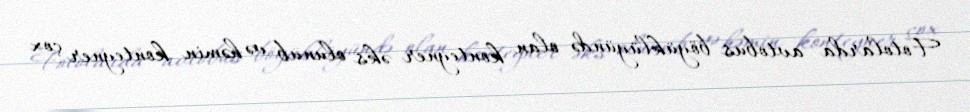
Fotolarda avtobus böyüklüyündə olan konteyner əks olunub və həmin konteyner çox